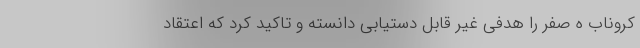
کروناب ه صفر را هدفی غیر قابل دستیابی دانسته و تاکید کرد که اعتقاد